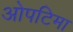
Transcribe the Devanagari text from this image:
ओपटिमा